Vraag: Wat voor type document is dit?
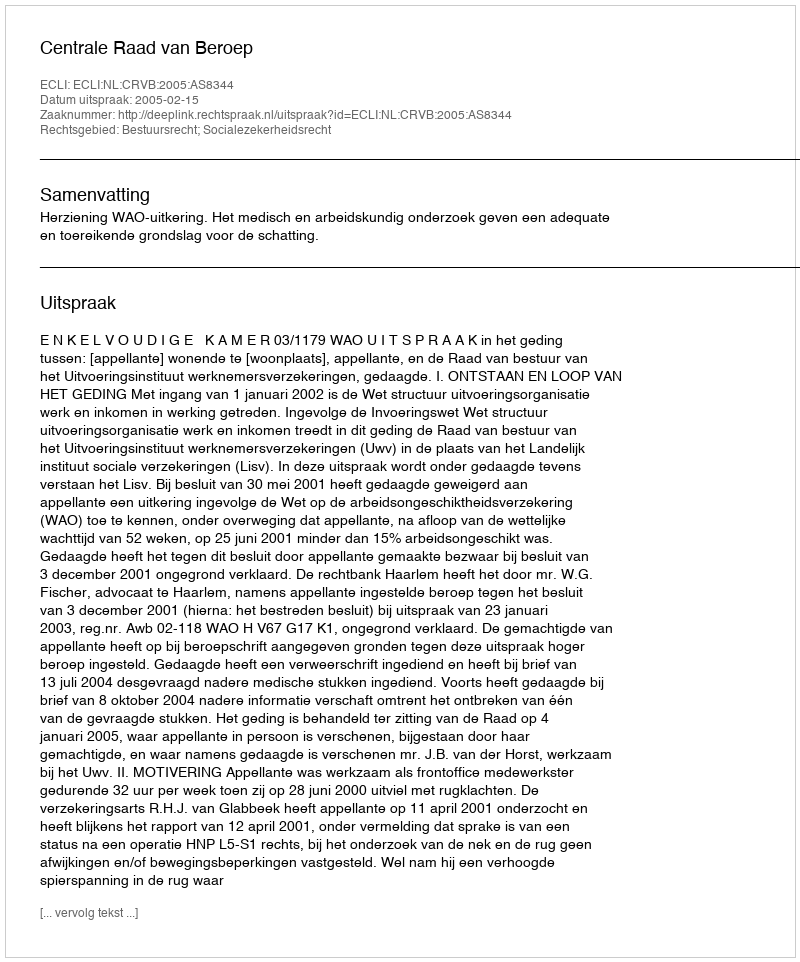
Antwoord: Uitspraak